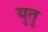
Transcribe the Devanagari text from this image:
युतु